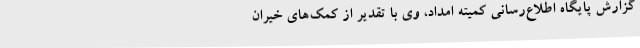
گزارش پایگاه اطلاع‌رسانی کمیته امداد، وی با تقدیر از کمک‌های خیران